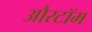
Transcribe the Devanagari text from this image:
औरटॉम